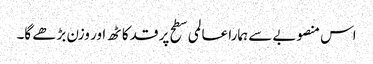
اس منصوبے سے ہمارا عالمی سطح پر قد کاٹھ اور وزن بڑھے گا۔